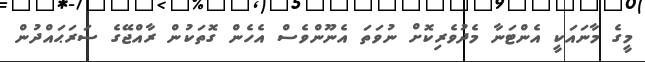
މީގެ މާނައަކީ އެންޓަނާ މެދުވެރިކޮށް ނުވަތަ އެނޫންވެސް އެހެން ގޮތަކުން ރާއްޖޭގެ ސަރަޙައްދުން